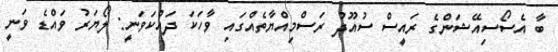
ބާ އެސޯސިއޭޝަންގެ ރައީސް ސުއޫދު ރަސްމިއްޔާތެއްގައި ވާހަކަ ދައްކަވަނީ: ލޯޔަރު ވައްޑެ ވަނީ